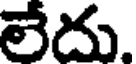
లేదు.